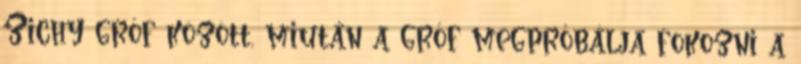
Zichy gróf között, miután a gróf megpróbálja fokozni a